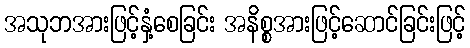
အသုဘအားဖြင့်နှံ့စေခြင်း အနိစ္စအားဖြင့်ဆောင်ခြင်းဖြင့်